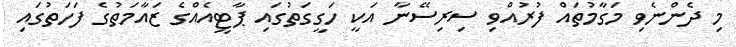
މި ދެންނެވި މަގާމުތައް ފުރުއްވި ސިރިސޭނާ އަކީ ހަގީގަތުގައި ޕާޓީއެއްގެ ޒައާމަތުގެ ފަހަތުގައި